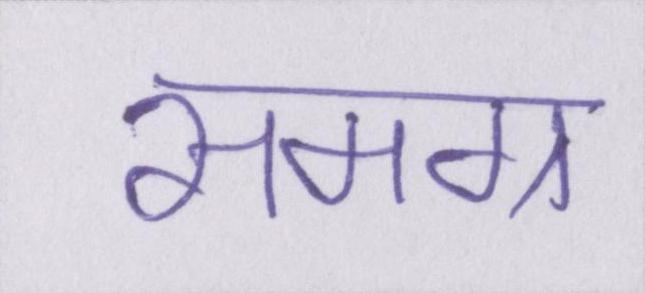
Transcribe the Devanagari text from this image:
समग्र